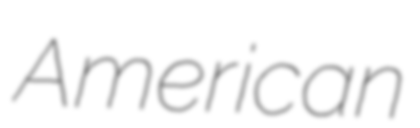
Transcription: American